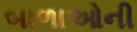
બાળાઓની